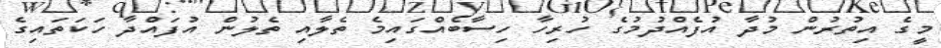
މީގެ އިތުރުން މުދާ އުފެއްދުމުގެ ހުރިހާ ހިސާބެއްގައިމެ ތެލާއި ތެލުން އުފައްދާ ހަކަތައިގެ